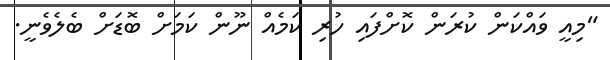
"މިއީ ވައްކަން ކުރަން ކޮށްފައި ހުރި ކަމެއް ނޫން ކަމަށް ބޮޑަށް ބެލެވެނީ.